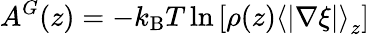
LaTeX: A^{G}(z)=-k_{\mathrm{B}}T\ln\left[\rho(z)\left<|\nabla\xi|\right>_{z}\right]